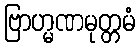
ဗြာဟ္မဏမုတ္တမံ